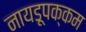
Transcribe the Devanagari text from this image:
नायडूपक्कम